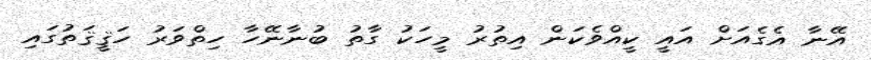
އޭނާ އެގެއަށް އައީ ކީއްވެކަން އިތުރު މީހަކު ގާތު ބުނާނޭހާ ހިތްވަރު ހަޤީޤަތުގައި